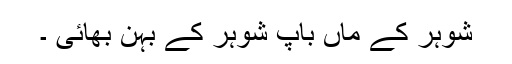
شوہر کے ماں باپ شوہر کے بہن بھائی ۔